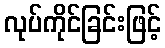
လုပ်ကိုင်ခြင်းဖြင့်